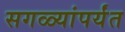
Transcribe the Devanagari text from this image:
सगळ्यांपर्यंत